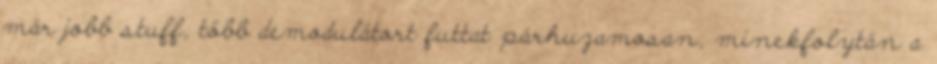
már jobb stuff, több demodulátort futtat párhuzamosan, minekfolytán a